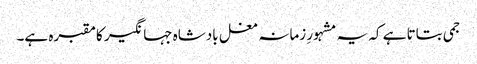
جمی بتاتا ہے کہ یہ مشہورِ زمانہ مغل بادشاہ جہانگیر کا مقبرہ ہے۔